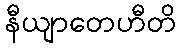
နီယျာတေဟီတိ